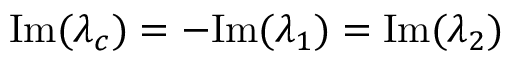
\mathrm { I m } ( \lambda _ { c } ) = - \mathrm { I m } ( \lambda _ { 1 } ) = \mathrm { I m } ( \lambda _ { 2 } )